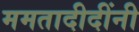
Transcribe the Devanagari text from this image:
ममतादीदींनी